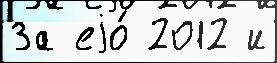
За еjо́ 2012 и